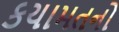
કયામતનો